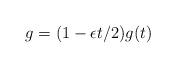
LaTeX: \begin{align*}g=(1-\epsilon t/2)g(t)\end{align*}